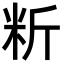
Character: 䉼